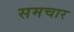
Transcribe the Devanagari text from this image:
समचार